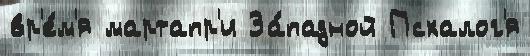
вр'е́м'я мартапр'и За́падной Псхалог'я